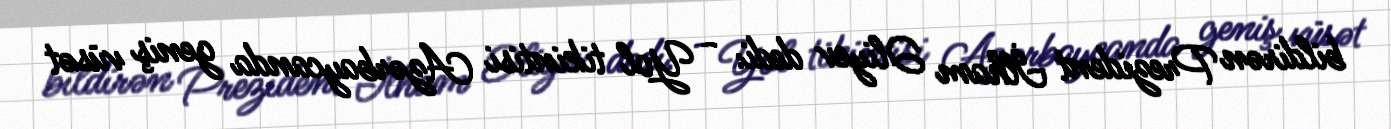
bildirən Prezident İlham Əliyev dedi: - Yol tikintisi Azərbaycanda geniş vüsət